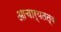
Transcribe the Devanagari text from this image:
आचार्यतत्व